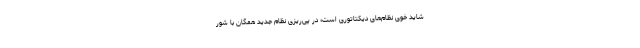
شاید خوی نظام‌های دیکتاتوری است؛ در پی‌ریزی نظام جدید همگان با شور